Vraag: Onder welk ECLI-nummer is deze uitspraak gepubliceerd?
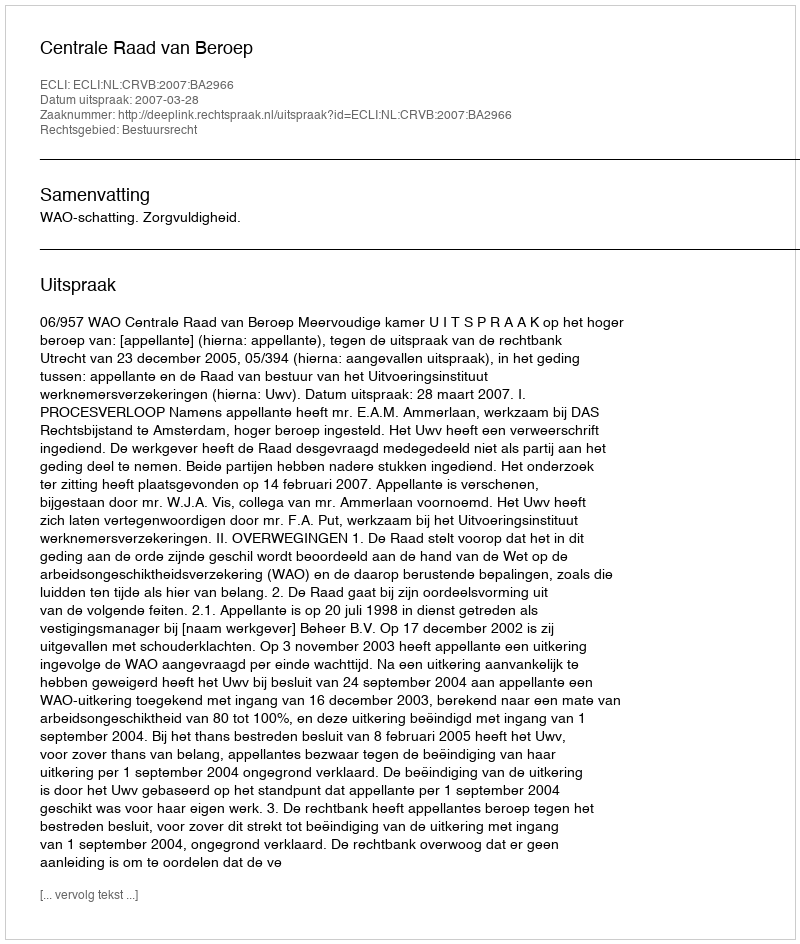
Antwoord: ECLI:NL:CRVB:2007:BA2966